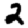
Digit: 2